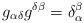
LaTeX: \begin{align*} g_{\alpha \delta}g^{\delta \beta} = \delta_{\alpha}^{\beta}\end{align*}